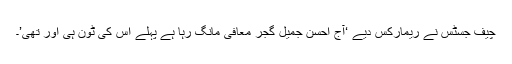
چیف جسٹس نے ریمارکس دیے ‘آج احسن جمیل گجر معافی مانگ رہا ہے پہلے اس کی ٹون ہی اور تھی’۔